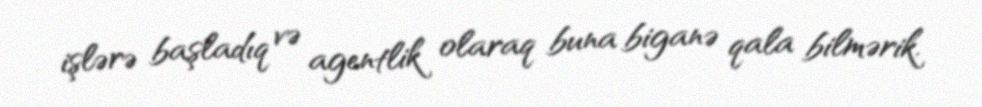
işlərə başladıq və agentlik olaraq buna biganə qala bilmərik.